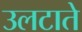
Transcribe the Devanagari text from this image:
उलटाते